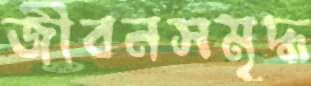
জীবনসমৃদ্ধ